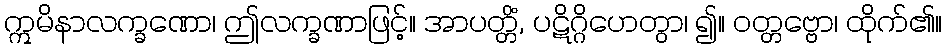
ဣမိနာလက္ခဏော၊ ဤလက္ခဏာဖြင့်။ အာပတ္တိံ, ပဋိဂ္ဂိဟေတွာ၊ ၍။ ဝတ္တဗ္ဗော၊ ထိုက်၏။